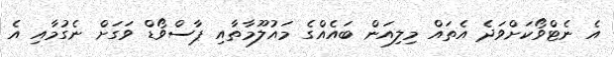
އެ ނެޓްވޯކަށްވަދެ އެތައް މިލިއަން ބައެއްގެ މައުލޫމާތާއި ޕާސްވޯޑް ވަގަށް ނެގުމާއި އެ